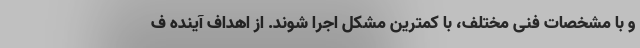
و با مشخصات فنی مختلف، با کمترین مشکل اجرا شوند. از اهداف آینده ف